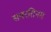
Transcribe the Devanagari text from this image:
सबरतिनम